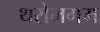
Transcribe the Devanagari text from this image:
थरोमगम